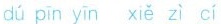
dú pīn yīn xiě zì cí